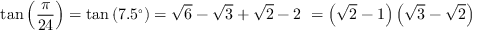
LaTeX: \tan \left( { \frac { \pi } { 2 4 } } \right) = \tan \left( 7 . 5 ^ { \circ } \right) = { \sqrt { 6 } } - { \sqrt { 3 } } + { \sqrt { 2 } } - 2 \ = \left( { \sqrt { 2 } } - 1 \right) \left( { \sqrt { 3 } } - { \sqrt { 2 } } \right)